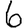
Digit: 6